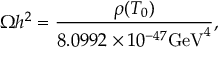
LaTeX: \Omega h ^ { 2 } = \frac { \rho ( T _ { 0 } ) } { 8 . 0 9 9 2 \times 1 0 ^ { - 4 7 } \mathrm { G e V } ^ { 4 } } ,